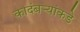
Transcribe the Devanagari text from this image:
कादंबर्‍यांकडे